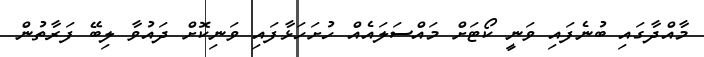
މާއްދާގައި ބުނެފައި ވަނީ ކޯޓަށް މައްސަލައެއް ހުށަހަޅާފައި ވަނިކޮށް ދައުވާ ލިބޭ ފަރާތުން